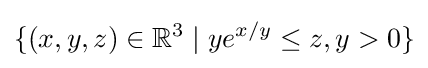
\{(x,y,z)\in \mathbb {R} ^{3}\mid ye^{x/y}\leq z,y>0\}